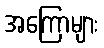
အကြောများ